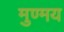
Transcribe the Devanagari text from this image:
मुण्मय